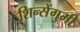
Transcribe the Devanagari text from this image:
शिन्सेंगुमी